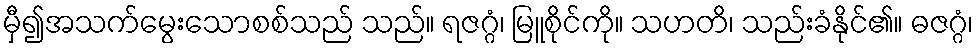
မှီ၍အသက်မွေးသောစစ်သည် သည်။ ရဇဂ္ဂံ၊ မြူစိုင်ကို။ သဟတိ၊ သည်းခံနိုင်၏။ ဓဇဂ္ဂံ၊